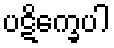
ပဋိက္ခေပါ